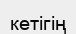
кетігің